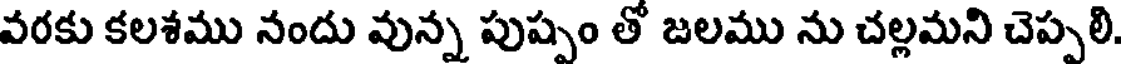
వరకు కలశము నందు వున్న పుష్పం తో జలము ను చల్లమని చెప్పలి.